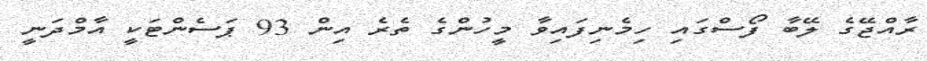
ރާއްޖޭގެ ލޭބާ ފޯސްގައި ހިމެނިފައިވާ މީހުންގެ ތެރެ އިން 93 ޕަސެންޓަކީ އާމްދަނީ